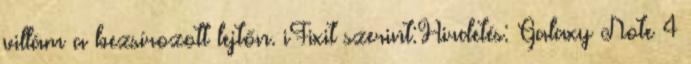
villám a bezsírozott lejtőn. iFixit szerint:Hirdetés: Galaxy Note 4